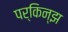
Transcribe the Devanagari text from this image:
पर्किन्झ